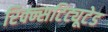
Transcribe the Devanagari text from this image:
रिक्न्सटिट्यूटेड